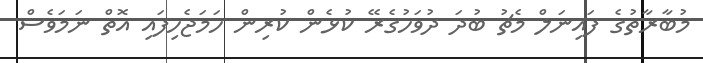
މުބާރާތުގެ ފައިނަލް މެޗު ބުދަ ދުވަހުގެރޭ ކުޅެން ކުރިން ހަމަޖެހިފައި އޮތް ނަމަވެސް